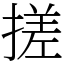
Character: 搓